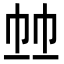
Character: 𢂉